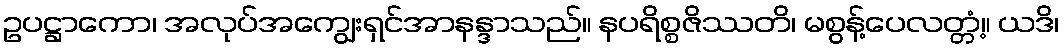
ဥပဋ္ဌာကော၊ အလုပ်အကျွေးရှင်အာနန္ဒာသည်။ နပရိစ္စဇိဿတိ၊ မစွန့်ပေလတ္တံ့။ ယဒိ၊